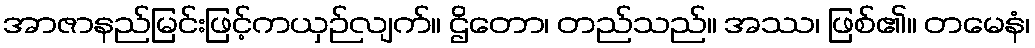
အာဇာနည်မြင်းဖြင့်ကယှဉ်လျက်။ ဌိတော၊ တည်သည်။ အဿ၊ ဖြစ်၏။ တမေနံ၊